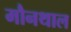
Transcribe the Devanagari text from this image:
मौनथाल